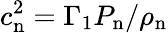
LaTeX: c_{\mathrm{n}}^{2}=\Gamma_{1}P_{\mathrm{n}}/\rho_{\mathrm{n}}